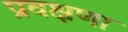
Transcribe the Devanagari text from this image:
प्रवक्षणा